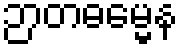
ဉာတဓမ္မေန